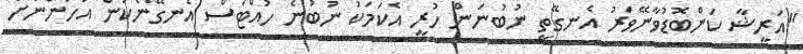
"އަރީޝާ ކަންބޮޑުވާނޭވަރު އެނގޭތީ ނުބުނަން ހުރީ އެކަމަކު ނުބުނެ ހުއްޓަސް އެނގޭނެކަން އަހަންނަށް